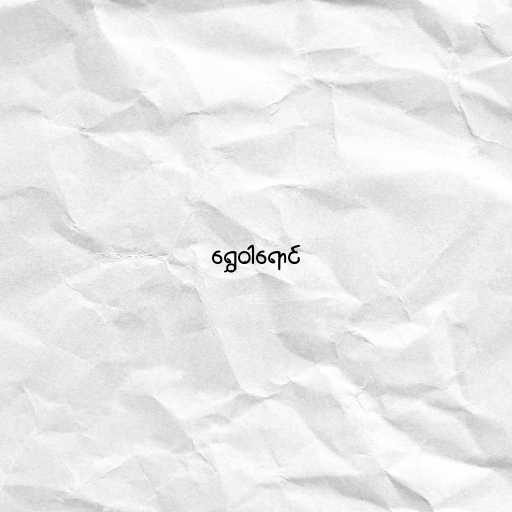
ရွှေဝါရောင်